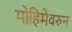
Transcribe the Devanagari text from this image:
मोहिमेवरुन